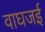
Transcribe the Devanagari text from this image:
वाघजई